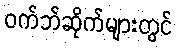
ဝက်ဘ်ဆိုက်များတွင်